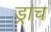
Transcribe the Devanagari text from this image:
ड्राच